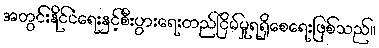
အတွင်းနိုင်ငံရေးနှင့်စီးပွားရေးတည်ငြိမ်မှုရရှိစေရေးဖြစ်သည်။